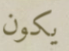
يكون